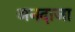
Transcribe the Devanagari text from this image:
अनदाजा